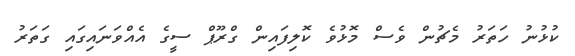
ކުޅުނު ހަތަރު މެޗުން ވެސް މޮޅުވެ ކޮލިފައިން ގްރޫޕް ސީގެ އެއްވަނައިގައި ގަތަރު